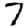
Digit: 7